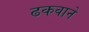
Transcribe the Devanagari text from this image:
ढकवाने